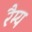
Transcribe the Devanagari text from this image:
रैम्य